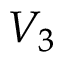
V _ { 3 }